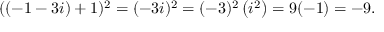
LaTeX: ( ( - 1 - 3 i ) + 1 ) ^ { 2 } = ( - 3 i ) ^ { 2 } = ( - 3 ) ^ { 2 } \left( i ^ { 2 } \right) = 9 ( - 1 ) = - 9 .